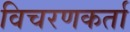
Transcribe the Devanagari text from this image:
विचरणकर्ता